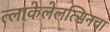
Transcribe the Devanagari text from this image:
त्लाकेलेलत्सिनचा